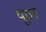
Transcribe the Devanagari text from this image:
यूवर